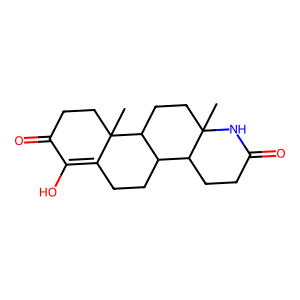
SMILES: CC12CCC3C(CCC4=C(O)C(=O)CCC43C)C1CCC(=O)N2
Inhibits HIV replication: No